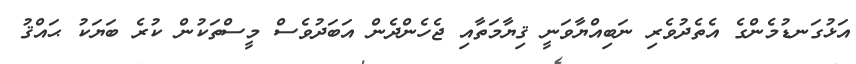
އަޅުގަނޑުމެންގެ އެތެދުވެރި ނަބިއްޔާވަނީ ޤިޔާމަތާއި ޖެހެންދެން އަބަދުވެސް މީސްތަކުން ކުރެ ބަޔަކު ޙައްޤު